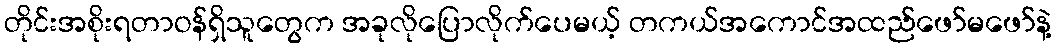
တိုင်းအစိုးရတာဝန်ရှိသူတွေက အခုလိုပြောလိုက်ပေမယ့် တကယ်အကောင်အထည်ဖော်မဖော်နဲ့